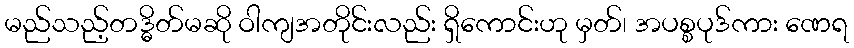
မည်သည့်တဒ္ဓိတ်မဆို ဝါကျအတိုင်းလည်း ရှိကောင်းဟု မှတ်၊ အပစ္စပုဒ်ကား ဏေရ